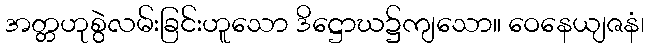
အတ္တဟုစွဲလမ်းခြင်းဟူသော ဒိဋ္ဌောဃ၌ကျသော။ ဝေနေယျဇနံ၊